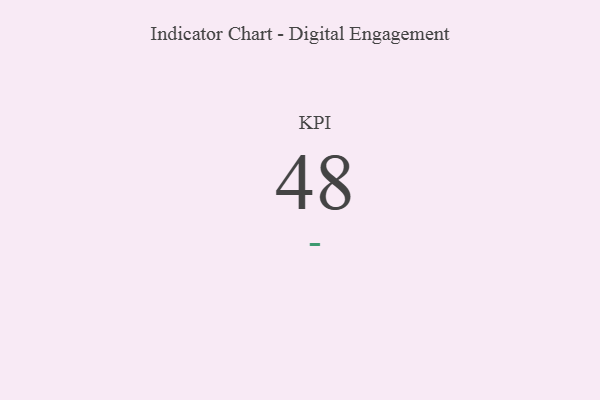
{"axis": {"x": "KPI", "y": "Value"}, "legend": [""], "data": [{"x": "KPI", "y": 48, "type": ""}]}